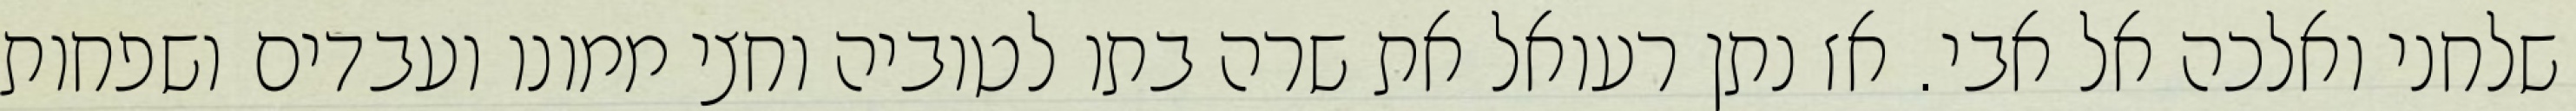
שלחני ואלכה אל אבי. אז נתן רעואל את שרה בתו לטוביה וחצי ממונו ועבדים ושפחות